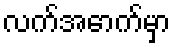
လက်အောက်မှာ